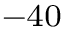
^ { - 4 0 }